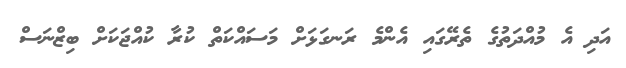
އަދި އެ މުއްދަތުގެ ތެރޭގައި އެންމެ ރަނގަޅަށް މަސައްކަތް ކުރާ ކުއްޖަކަށް ބިޒްނަސް